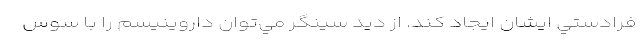
فرادستي ايشان ايجاد كند. از ديد سينگر مي‌توان داروينيسم را با سوس